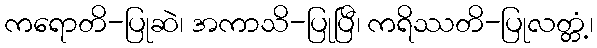
ကရောတိ-ပြုဆဲ၊ အကာသိ-ပြုပြီ၊ ကရိဿတိ-ပြုလတ္တံ့၊